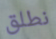
نطلق